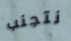
نتجنب